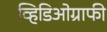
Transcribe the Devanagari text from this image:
व्हिडिओग्राफी